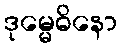
ဒုမ္မေဓိနော